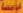
مؤسسة